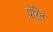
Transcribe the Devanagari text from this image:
प्रेंरित